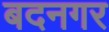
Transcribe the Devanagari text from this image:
बदनगर